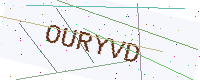
Text: OURYVD